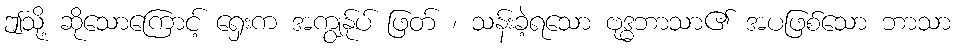
ဤသို့ ဆိုသောကြောင့် ရှေးက အကျွန်ုပ် ဖြတ် ၊ သန်းခဲ့ရသော ဗုဒ္ဓဘာသာ၏ အပဖြစ်သော ဘာသာ